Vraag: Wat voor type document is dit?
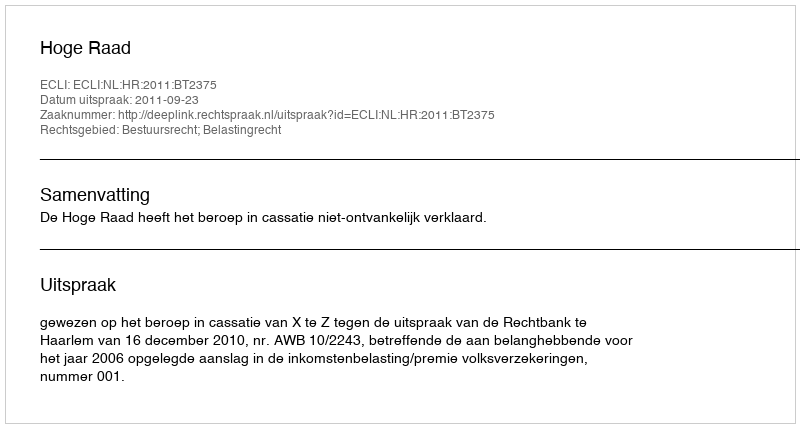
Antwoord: Uitspraak